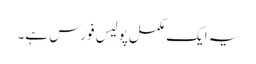
یہ ایک مکمل پولیس فورس ہے۔